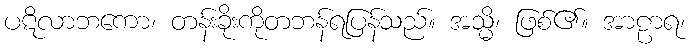
ပဋိလာဘကော၊ တန်းခိုးကိုတဘန်ရပြန်သည်။ အသ္မိ၊ ဖြစ်၏။ အာဠာရ၊